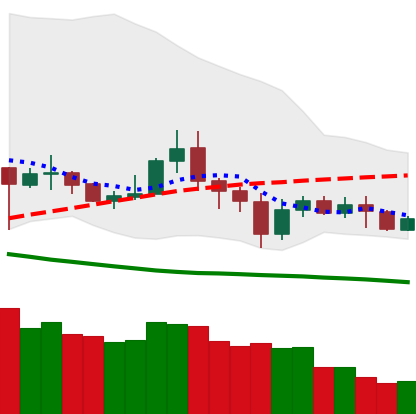
Ticker: NEO-USD
Chart end date: 2020-07-04
Forward return: 8.529%
Label: up_7plus